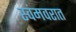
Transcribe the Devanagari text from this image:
स्वंमवरात